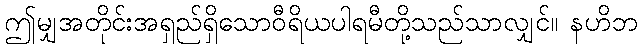
ဤမျှအတိုင်းအရှည်ရှိသောဝီရိယပါရမီတို့သည်သာလျှင်။ နဟိဘ